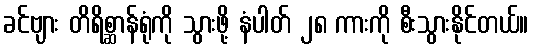
ခင်ဗျား တိရိစ္ဆာန်ရုံကို သွားဖို့ နံပါတ် ၂၈ ကားကို စီးသွားနိုင်တယ်။